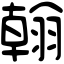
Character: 翰